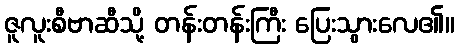
ဇူလူးစီဗာဆီသို့ တန်းတန်းကြီး ပြေးသွားလေ၏။